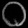
Digit: ၀